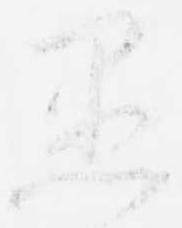
愚